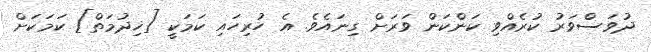
ދުވަސްވަރު ކުރެއްވި ކަންކަން ވަރަށް ގިނައެވެ. އެ ހުރިހައި ކަމަކީ [ޚިދުމަތް] ކަމަކަށް